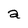
Character: a